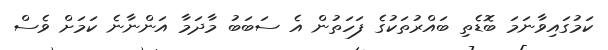
ކަމުގައިވާނަމަ ބޮޑެތި ބައްރުތަކުގެ ފަހަތުން އެ ސަބަބު މާދަމާ އަންނާނެ ކަމަށް ވެސް